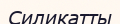
Силикатты